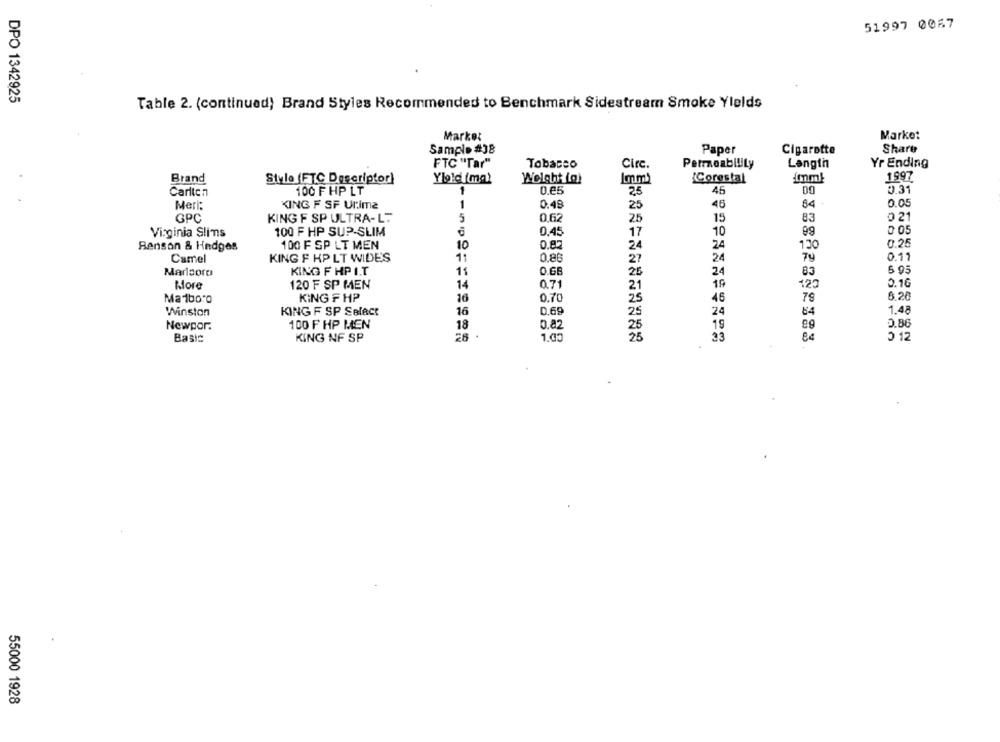
51997 0057
DPO 1342925
Table 2. (continued) Brand Styles Recommended to Benchmark Sidestream Smoke Yields
Market
Market
Share
Sample #38
Paper
Cigarette
FTC "Tar"
Circ.
Yr Ending
Tobacco
Permeability
Langtn
Brand
Yield ima?
Welght (a)
Imm
1997
Style (FTC Descriptor)
¿Corestal
Carlton
100 F HP LT
1
0.65
25
0.31
Meri:
KING F SF Ultima
1
0.48
25
45
84
0.05
GPC
KING F SP ULTRA-L.
5
0,62
25
15
83
0 21
0 05
Virginia Slimns
100 F HP SUP-SLIM
0.45
17
10
99
100 F SP LT MEN
10
0.82
0.25
Benson & Hedges
24
24
130
Camel
KING F HP LT WIDES
11
0,86
24
0.11
27
Marlsoro
KING F HP I.T
11
0.6B
26
24
83
5 95
More
120 F SP MEN
14
0.71
21
19
123
0.16
0.70
6.20
Ma1boro
KING F HP
16
25
46
79
Winston
KING F SP Select
16
0,69
25
24
84
1.48
Newpor.
100 F HP MEN
18
0.82
CD'L
25
19
2.86
Basic
KING NF SP
26
25
33
84
0 12
55000 1928